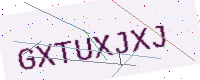
Text: GXTUXJXJ